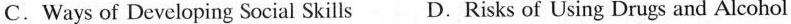
C.Ways of Developing Social Skills D.Risks of Using Drugs and Alcohol